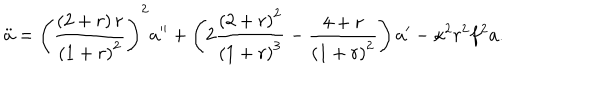
\ddot { a } = \left( \frac { \left( 2 + r \right) r } { \left( 1 + r \right) ^ { 2 } } \right) ^ { 2 } a ^ { \prime \prime } + \left( 2 \frac { \left( 2 + r \right) ^ { 2 } } { \left( 1 + r \right) ^ { 3 } } - \frac { 4 + r } { \left( 1 + r \right) ^ { 2 } } \right) a ^ { \prime } - \kappa ^ { 2 } r ^ { 2 } f ^ { 2 } a .